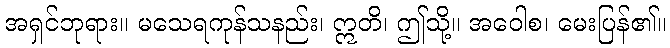
အရှင်ဘုရား။ မသေရကုန်သနည်း၊ ဣတိ၊ ဤသို့။ အဝေါစ၊ မေးပြန်၏။